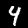
Label: 4